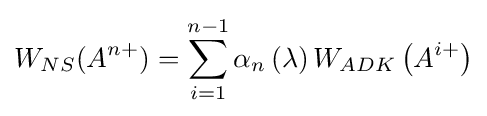
W_{NS}(A^{n+})=\sum _{i=1}^{n-1}\alpha _{n}\left(\lambda \right)W_{ADK}\left(A^{i+}\right)